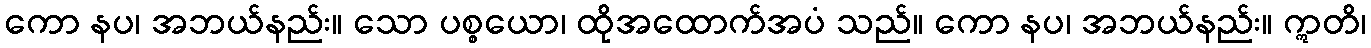
ကော နပ၊ အဘယ်နည်း။ သော ပစ္စယော၊ ထိုအထောက်အပံ သည်။ ကော နပ၊ အဘယ်နည်း။ ဣတိ၊